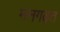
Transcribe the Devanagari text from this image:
मनगढ़त